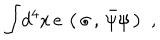
{ \int } d ^ { 4 } x \, e \, \left( \, \sigma \, , \, { \bar { \psi } \psi } \, \right) \, \, ,